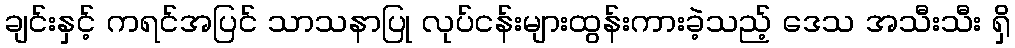
ချင်းနှင့် ကရင်အပြင် သာသနာပြု လုပ်ငန်းများထွန်းကားခဲ့သည့် ဒေသ အသီးသီး ရှိ